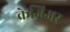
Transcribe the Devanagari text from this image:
क्रेज़िअर